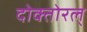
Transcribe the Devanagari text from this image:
दोक्तोरल्